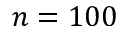
n = 1 0 0